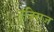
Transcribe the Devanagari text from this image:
ढुंडिराज